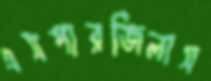
এসপারজিলাস